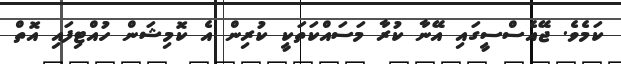
ކަމެވެ. ޖޭއެސްސީގައި އޭނާ ކުރާ މަސައްކަތަކީ ކުރިން އެ ކޮމިޝަން ހުއްޓިފައި އޮތް